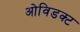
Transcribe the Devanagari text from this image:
ओविडक्ट